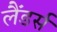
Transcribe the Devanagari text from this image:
लैंडर्स